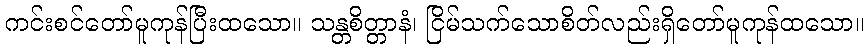
ကင်းစင်တော်မူကုန်ပြီးထသော။ သန္တစိတ္တာနံ၊ ငြိမ်သက်သောစိတ်လည်းရှိတော်မူကုန်ထသော။